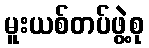
မူးယစ်တပ်ဖွဲ့စု